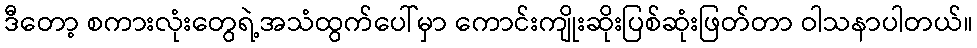
ဒီတော့ စကားလုံးတွေရဲ့အသံထွက်ပေါ်မှာ ကောင်းကျိုးဆိုးပြစ်ဆုံးဖြတ်တာ ဝါသနာပါတယ်။